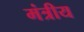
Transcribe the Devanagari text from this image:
मंत्रीय